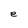
Character: e